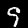
Label: 9